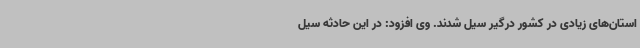
استان‌های زیادی در کشور درگیر سیل شدند. وی افزود: در این حادثه سیل